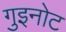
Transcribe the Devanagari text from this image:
गुइनोट